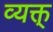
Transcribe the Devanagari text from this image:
व्यक्त्